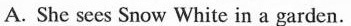
A. She sees Snow White in a garden.